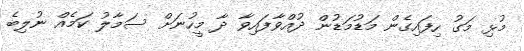
މުޅި މަގު ހިފައިގެން މަޑުމަޑުން ދުއްވާފައިވާ ދާ މީހުނަށް ސަމާލު ކަމެއް ނުލިބެ